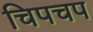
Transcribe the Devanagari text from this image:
चिपचप